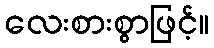
လေးစားစွာဖြင့်။